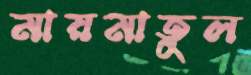
মায়মাতুল